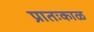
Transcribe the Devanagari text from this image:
प्रातःकाळ